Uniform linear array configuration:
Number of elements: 64
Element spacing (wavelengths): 1
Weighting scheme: uniform
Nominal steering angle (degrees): -45
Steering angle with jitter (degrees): -44.586
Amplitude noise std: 0.05
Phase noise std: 0.05

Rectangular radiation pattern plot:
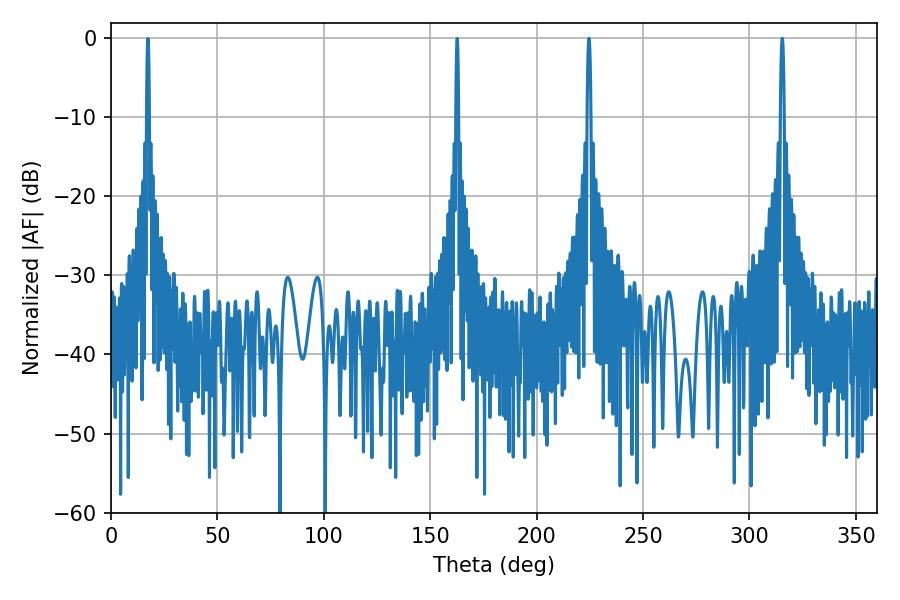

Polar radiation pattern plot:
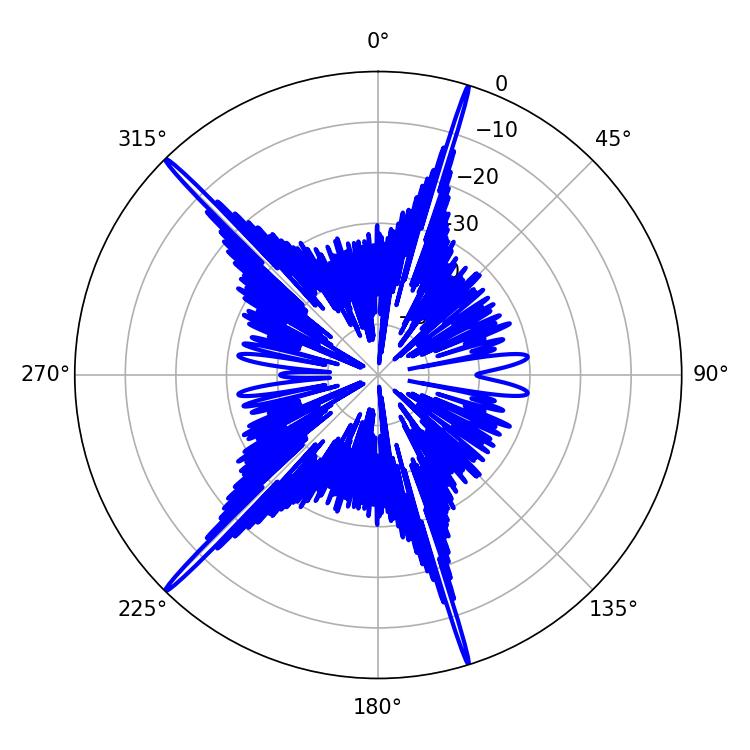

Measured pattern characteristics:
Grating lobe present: TRUE
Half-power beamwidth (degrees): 0.9
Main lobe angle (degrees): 315.36